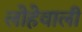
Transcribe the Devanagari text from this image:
लोहेवाली